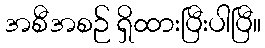
အစီအစဉ် ရှိထားပြီးပါပြီ။